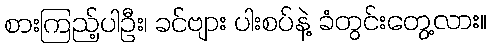
စားကြည့်ပါဦး၊ ခင်ဗျား ပါးစပ်နဲ့ ခံတွင်းတွေ့လား။